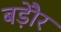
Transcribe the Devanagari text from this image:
बड़ेौर